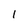
Character: l